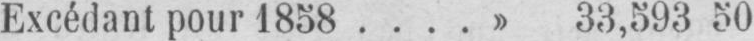
Excédant pour 1858.....» 33,593 50